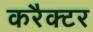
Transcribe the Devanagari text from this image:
करैक्टर